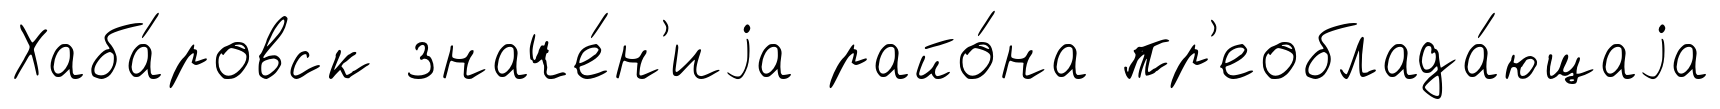
Хаба́ровск значе́н'иjа райо́на пр'еоблада́ющаjа